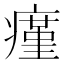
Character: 瘽